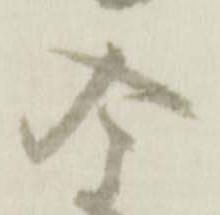
度